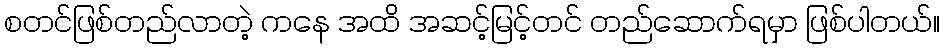
စတင်ဖြစ်တည်လာတဲ့ ကနေ အထိ အဆင့်မြင့်တင် တည်ဆောက်ရမှာ ဖြစ်ပါတယ်။